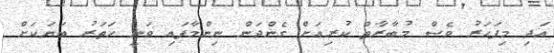
އަދި މިފަހަރު ވެސް މުބާރާތް ކުރިއަށް ގެންދަން ނިންމާފައި ވަނީ ހަތަރު ބަޔަކަށް